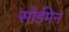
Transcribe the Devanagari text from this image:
सोर्डमेन